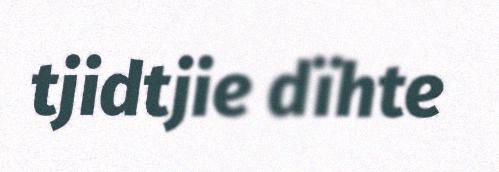
tjidtjie dïhte